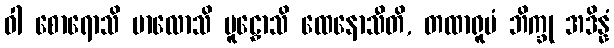
ဝါ စောရောသိ ဗာလောသိ မူဠှောသိ ထေနောသီတိ, တထာရူပံ ဘိက္ခု အဒိန္နံ